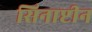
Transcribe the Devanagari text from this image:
सिनाप्टीन